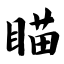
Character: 瞄